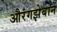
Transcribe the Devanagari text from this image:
औरंगझेबानें